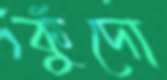
কুঁদো